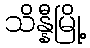
သိန္နီမြို့